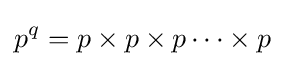
p^{q}=p\times p\times p\cdots \times p